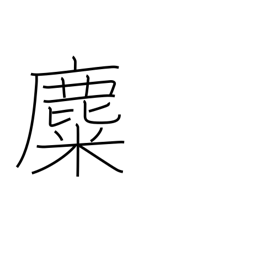
Meaning: reindeer